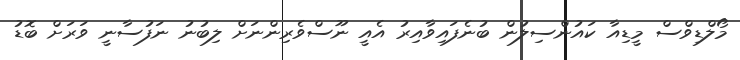
މޯލްޑިވްސް މީޑިއާ ކައުންސިލުން ބުނެފައިވާއިރު އެއީ ނޫސްވެރިންނަށް ލިބުނު ނަފުސާނީ ވަރަށް ބޮޑު